Indian journal of veterinary science and animal husbandry - Volume 4,
Year: 1934
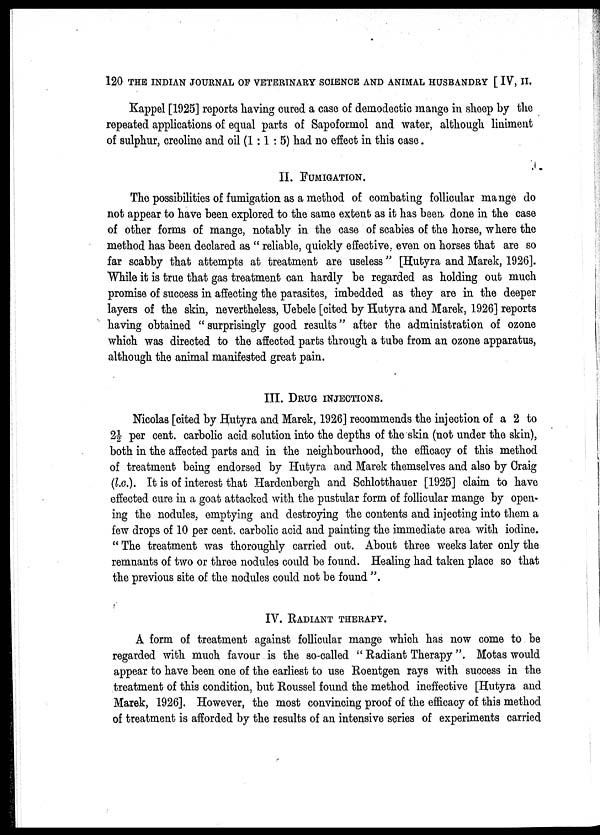
120 THE INDIAN JOURNAL OF VETERINARY SCIENCE AND ANIMAL HUSBANDRY [ IV, II.
Kappel [1925] reports having cured a case of demodectic mange in sheep by the
repeated applications of equal parts of Sapoformol and water, although liniment
of sulphur, creoline and oil (1 :1 : 5) had no effect in this case.
II. FUMIGATION.
The possibilities of fumigation as a method of combating follicular mange do
not appear to have been explored to the same extent as it has been done in the case
of other forms of mange, notably in the case of scabies of the horse, where the
method has been declared as " reliable, quickly effective, even on horses that are so
far scabby that attempts at treatment are useless" [Hutyra and Marek, 1926].
While it is true that gas treatment can hardly be regarded as holding out much
promise of success in affecting the parasites, imbedded as they are in the deeper
layers of the skin, nevertheless, Uebele [cited by Hutyra and Marek, 1926] reports
having obtained "surprisingly good results" after the administration of ozone
which was directed to the affected parts through a tube from an ozone apparatus,
although the animal manifested great pain.
III. DRUG INJECTIONS.
Nicolas [cited by Hutyra and Marek, 1926] recommends the injection of a 2 to
2½ per cent. carbolic acid solution into the depths of the skin (not under the skin),
both in the affected parts and in the neighbourhood, the efficacy of this method
of treatment being endorsed by Hutyra and Marek themselves and also by Craig
(l.c.). It is of interest that Hardenbergh and Schlotthauer [1925] claim to have
effected cure in a goat attacked with the pustular form of follicular mange by open-
ing the nodules, emptying and destroying the contents and injecting into them a
few drops of 10 per cent. carbolic acid and painting the immediate area with iodine.
" The treatment was thoroughly carried out. About three weeks later only the
remnants of two or three nodules could be found. Healing had taken place so that
the previous site of the nodules could not be found ".
IV. RADIANT THERAPY.
A form of treatment against follicular mange which has now come to be
regarded with much favour is the so-called " Radiant Therapy". Motas would
appear to have been one of the earliest to use Roentgen rays with success in the
treatment of this condition, but Roussel found the method ineffective [Hutyra and
Marek, 1926]. However, the most convincing proof of the efficacy of this method
of treatment is afforded by the results of an intensive series of experiments carried